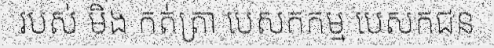
របស់ មិង កត់ត្រា បេសកកម្ម បេសកជន